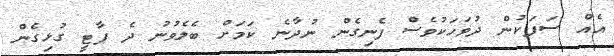
އެއް ސަފަކުން ދުވަހަކުވެސް ފެނިގެން ނުދާނެ ކަމަށް ބެލެވުނު ދެ ޕާޓީ ގުޅިގެން